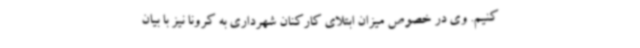
کنیم. وی در خصوص میزان ابتلای کارکنان شهرداری به کرونا نیز با بیان